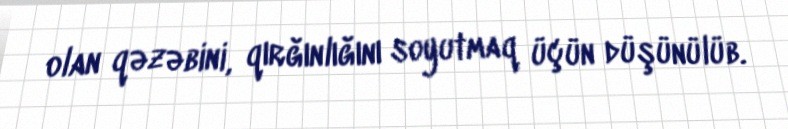
olan qəzəbini, qırğınlığını soyutmaq üçün düşünülüb.